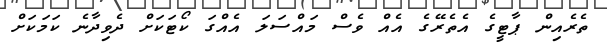
ތެރެއިން ޕާޓީގެ އެތެރޭގެ އެއް ވެސް މައްސަލަ އެއްގަ ކޯޓަކަށް ދެވިދާނެ ކަމަކަށް